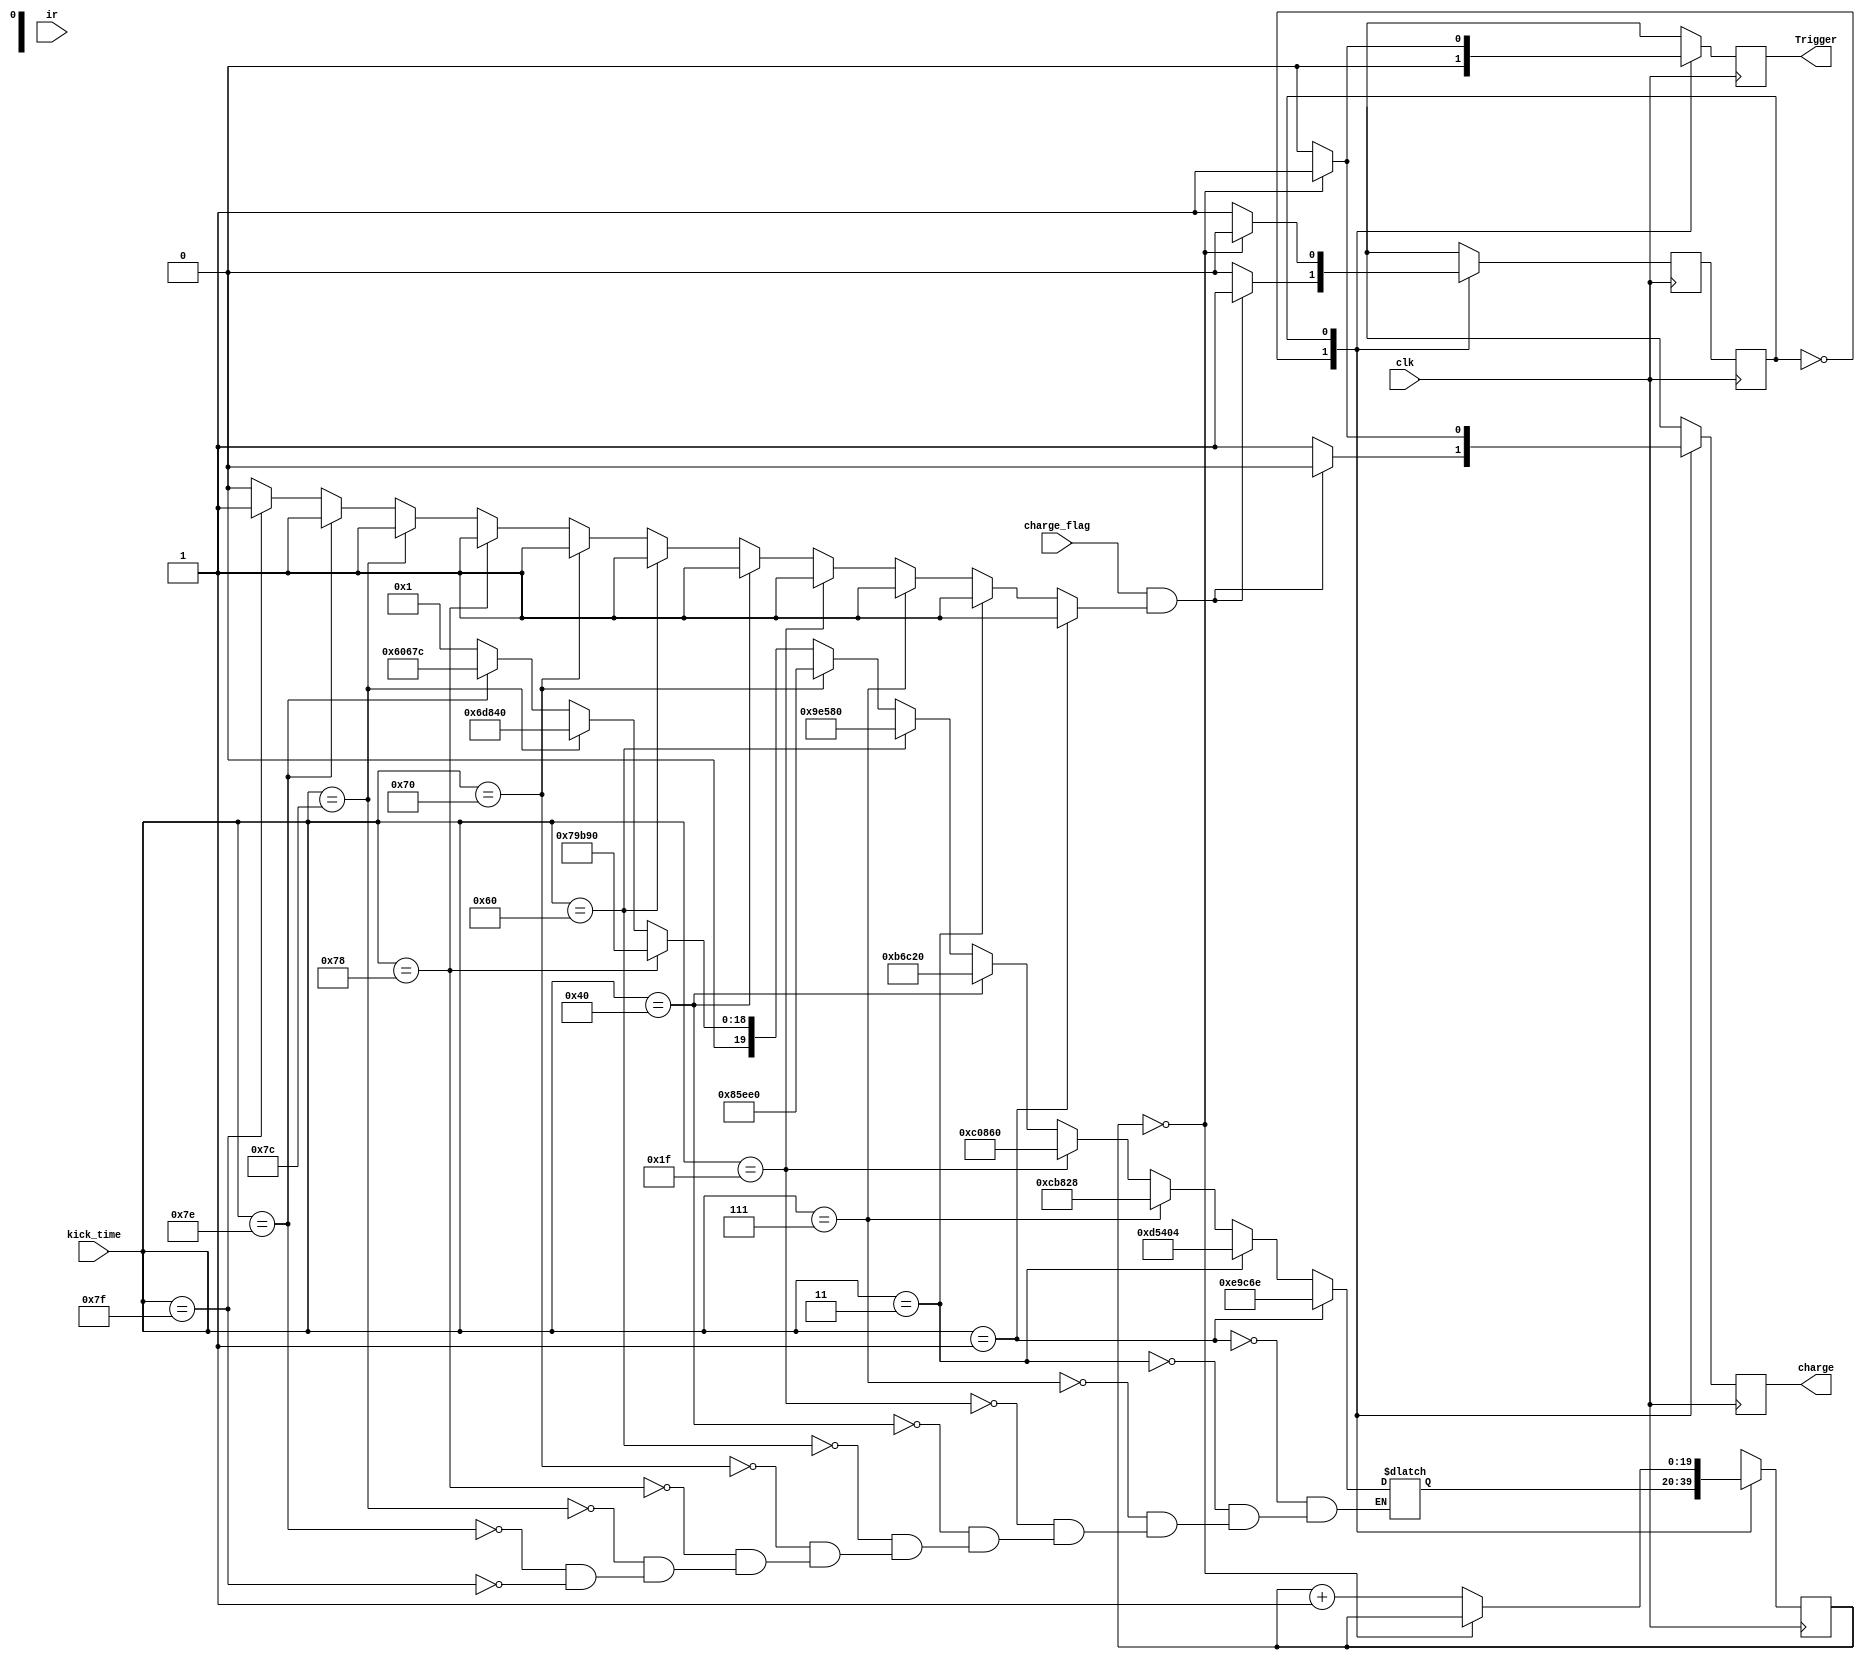
module kicker(input clk , input charge_flag , input [6:0]kick_time ,input ir ,output charge ,output Trigger 
    );
reg state = 0  ;
reg next_state = 0;
reg [19:0]counter = 0;
reg [19:0]set_time = 0;
reg invalid = 1;
reg charge = 0;
reg Trigger = 1;
parameter IDLE = 0, Begin_charge = 1;
always
begin
		  if(kick_time==7'b0000001)  begin set_time<=957550; invalid = 1; end
	else if(kick_time==7'b0000011)  begin set_time<=873476; invalid = 1; end
	else if(kick_time==7'b0000111)  begin set_time<=833576; invalid = 1; end
	else if(kick_time==7'b0011111)  begin set_time<=788576; invalid = 1; end
	else if(kick_time==7'b1000000)  begin set_time<=748576; invalid = 1; end
	else if(kick_time==7'b1100000)  begin set_time<=648576; invalid = 1; end
	else if(kick_time==7'b1110000)  begin set_time<=548576; invalid = 1; end
	else if(kick_time==7'b1111000)  begin set_time<=498576; invalid = 1; end
	else if(kick_time==7'b1111100)  begin set_time<=448576; invalid = 1; end
	else if(kick_time==7'b1111110)  begin set_time<=394876; invalid = 1; end
	else if(kick_time==7'b1111111)  begin set_time<=1;      invalid = 1; end
	else invalid = 0;
end
always @(posedge clk)
begin
	state <= next_state;
	
	case(state)
	IDLE: if(charge_flag&invalid)
				begin
				next_state = Begin_charge;
				counter = set_time;
				charge = 0;
				Trigger = 0;
				end
			else
				begin
				next_state = IDLE;
				charge = 1;
				Trigger = 0;
				counter = set_time;
				end
	Begin_charge: if(counter == 0)
							begin
							next_state = IDLE;
							charge = 1;
							Trigger = 1;
							end
					  else
							begin
							next_state = Begin_charge;
							counter = counter +1;
							charge = 0;
							Trigger = 0;
					  end
	endcase
end

endmodule